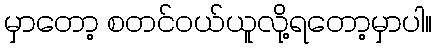
မှာတော့ စတင်၀ယ်ယူလို့ရတော့မှာပါ။